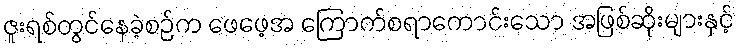
ဇူးရစ်တွင်နေခဲ့စဉ်က ဖေဖေ့အ ကြောက်စရာကောင်းသော အဖြစ်ဆိုးများနှင့်